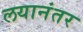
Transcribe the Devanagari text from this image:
लयानंतर